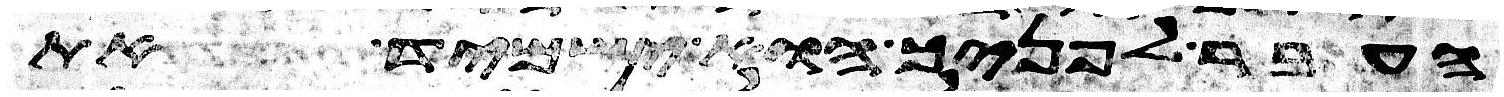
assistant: העבר לפניך הוא ישמיד את